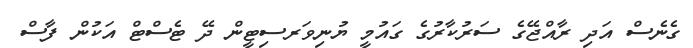
ގެނެސް އަދި ރާއްޖޭގެ ސަރުކާރުގެ ގައުމީ ޔުނިވަރސިޓީން ދޭ ޓެސްޓް އަކުން ފާސް